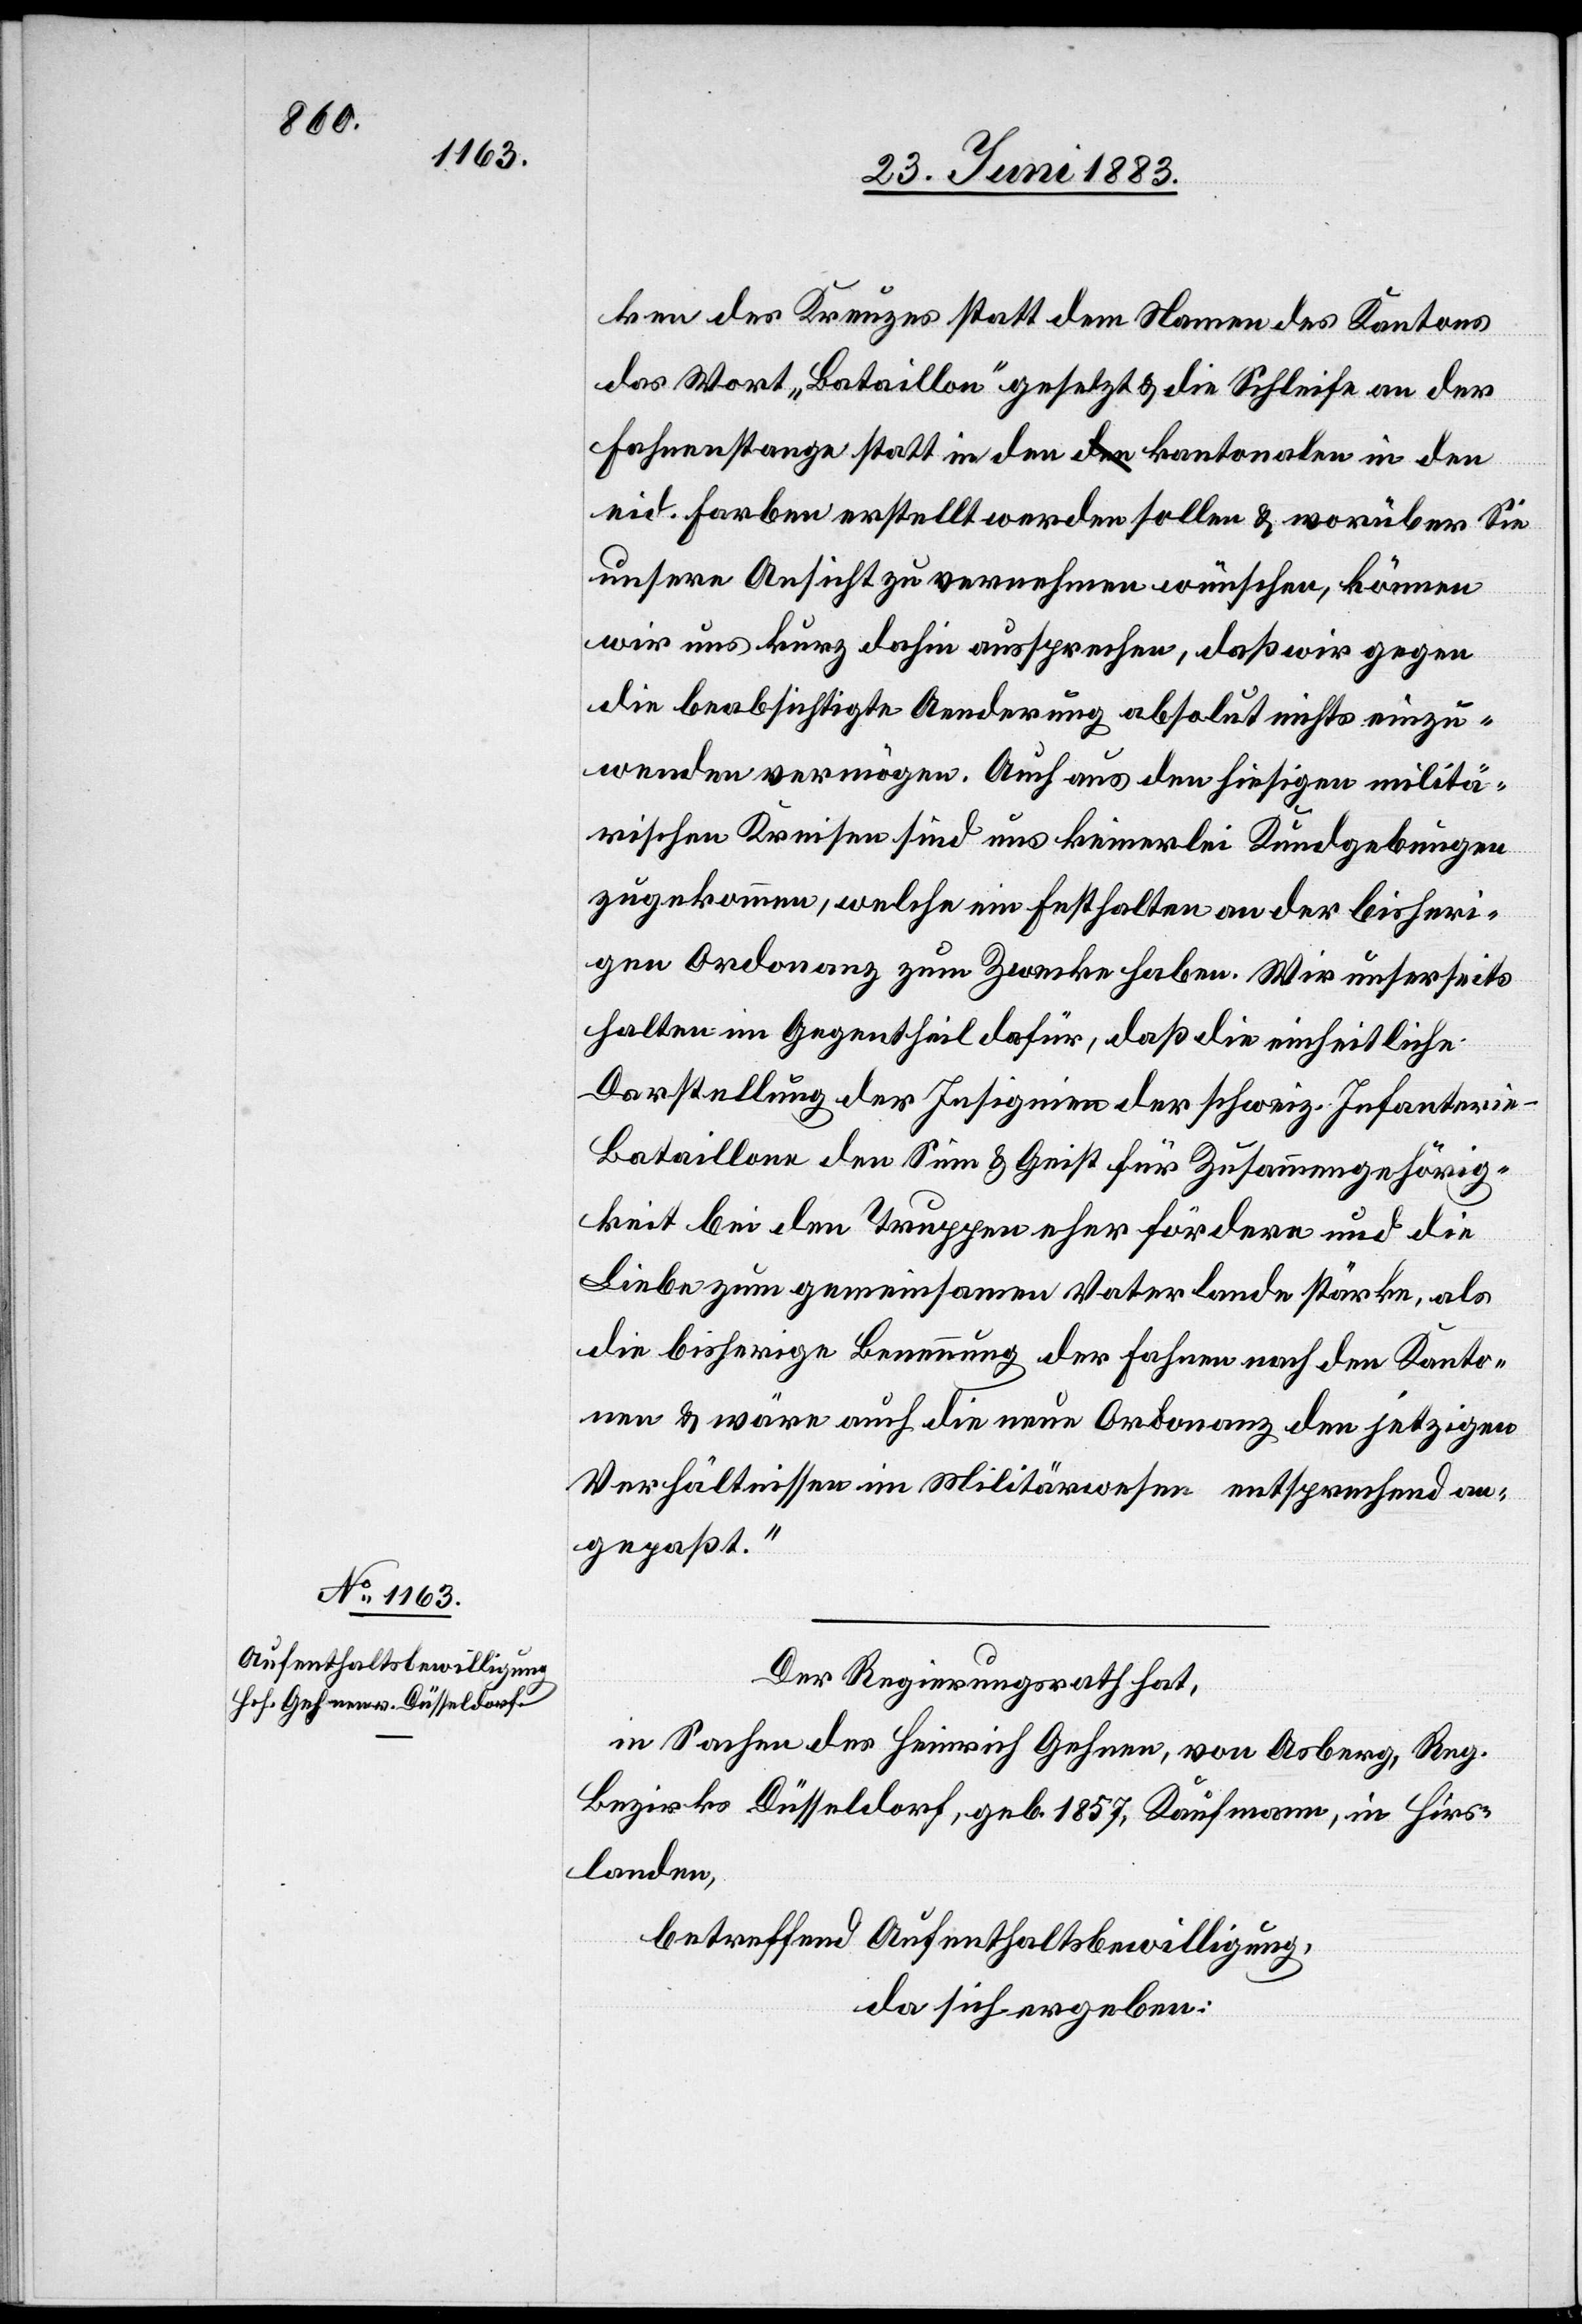
ken des Kreuzes statt dem Namen des Kantons
das Wort „Bataillon“ gesetzt & die Schleife an der
Fahnenstange statt in den kantonalen in den
eid. Farben erstellt werden sollen & worüber Sie
unsere Ansicht zu vernehmen wünschen, können
wir uns kurz dahin aussprechen, daß wir gegen
die beabsichtigte Aenderung absolut nichts einzu¬
wenden vermögen. Auch aus den hiesigen militä¬
rischen Kreisen sind uns keinerlei Kundgebungen
zugekommen, welche ein Festhalten an der bisheri¬
gen Ordonanz zum Zwecke haben. Wir unserseits
halten im Gegentheil dafür, daß die einheitliche
Darstellung der Insignien der schweiz. Infanteri¬
e-Bataillone den Sinn & Geist für Zusammengehörig¬
keit bei den Truppen eher fördern und die
Liebe zum gemeinsamen Vaterlande stärke, als
die bisherige Benennung der Fahnen nach den Kanto¬
nen & wäre auch die neue Ordonanz den jetzigen
Verhältnissen im Militärwesen entsprechend an¬
gepaßt.“
Der Regierungsrath hat,
in Sachen des Heinrich Gehnen, von Asberg, Reg.
Bezirks Düsseldorf, geb. 1857, Kaufmann, in Hirs¬
landen,
betreffend Aufenthaltsbewilligung,
da sich ergeben: